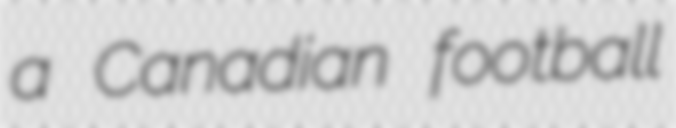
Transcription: a Canadian football